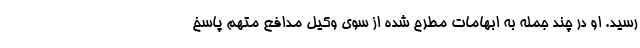
رسید. او در چند جمله به ابهامات مطرح‌ شده از سوی وکیل مدافع متهم پاسخ